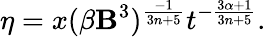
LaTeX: \eta=x(\beta\mathbf{B}^{3})^{\frac{{-1}}{{3n+5}}}t^{-\frac{{3\alpha+1}}{{3n+5}}}.